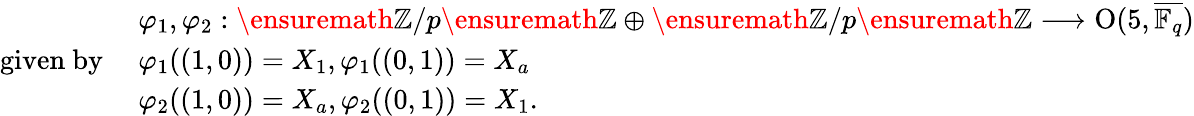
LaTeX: \begin{array}{rl}&{\varphi_{1},\varphi_{2}:\ensuremath{\mathbb{Z}}/p\ensuremath{\mathbb{Z}}\oplus\ensuremath{\mathbb{Z}}/p\ensuremath{\mathbb{Z}}\longrightarrow\textup{O}(5,\overline{{\mathbb{F}_{q}}})}\\ {\mathrm{given~by~}}&{\varphi_{1}((1,0))=X_{1},\varphi_{1}((0,1))=X_{a}}\\ &{\varphi_{2}((1,0))=X_{a},\varphi_{2}((0,1))=X_{1}.}\end{array}